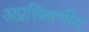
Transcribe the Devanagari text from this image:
अप्रशिक्षणीय